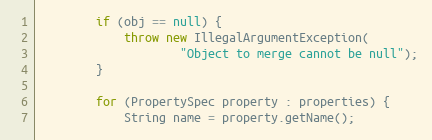
Language: Java
        if (obj == null) {
            throw new IllegalArgumentException(
                    "Object to merge cannot be null");
        }

        for (PropertySpec property : properties) {
            String name = property.getName();